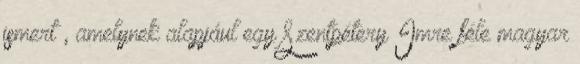
ismert , amelynek alapjául egy Szentpétery Imre féle magyar